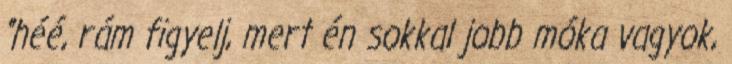
"héé, rám figyelj, mert én sokkal jobb móka vagyok,